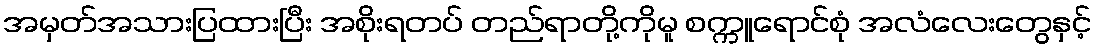
အမှတ်အသားပြထားပြီး အစိုးရတပ် တည်ရာတို့ကိုမူ စက္ကူရောင်စုံ အလံလေးတွေနှင့်